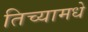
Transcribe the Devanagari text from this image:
तिच्यामधे